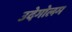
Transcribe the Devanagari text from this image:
उदेगोलम